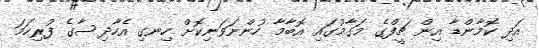
އަދި ކޮމާންޑާ އިން ޗީފްގެ މަގާމުގައި އޮބާމާ ހުންނަވަނިކޮށް ހިނގި އެހާދިސާގެ ފުރިހަމަ